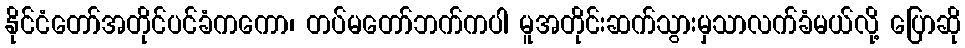
နိုင်ငံတော်အတိုင်ပင်ခံကကော၊ တပ်မတော်ဘက်ကပါ မူအတိုင်းဆက်သွားမှသာလက်ခံမယ်လို့ ပြောဆို